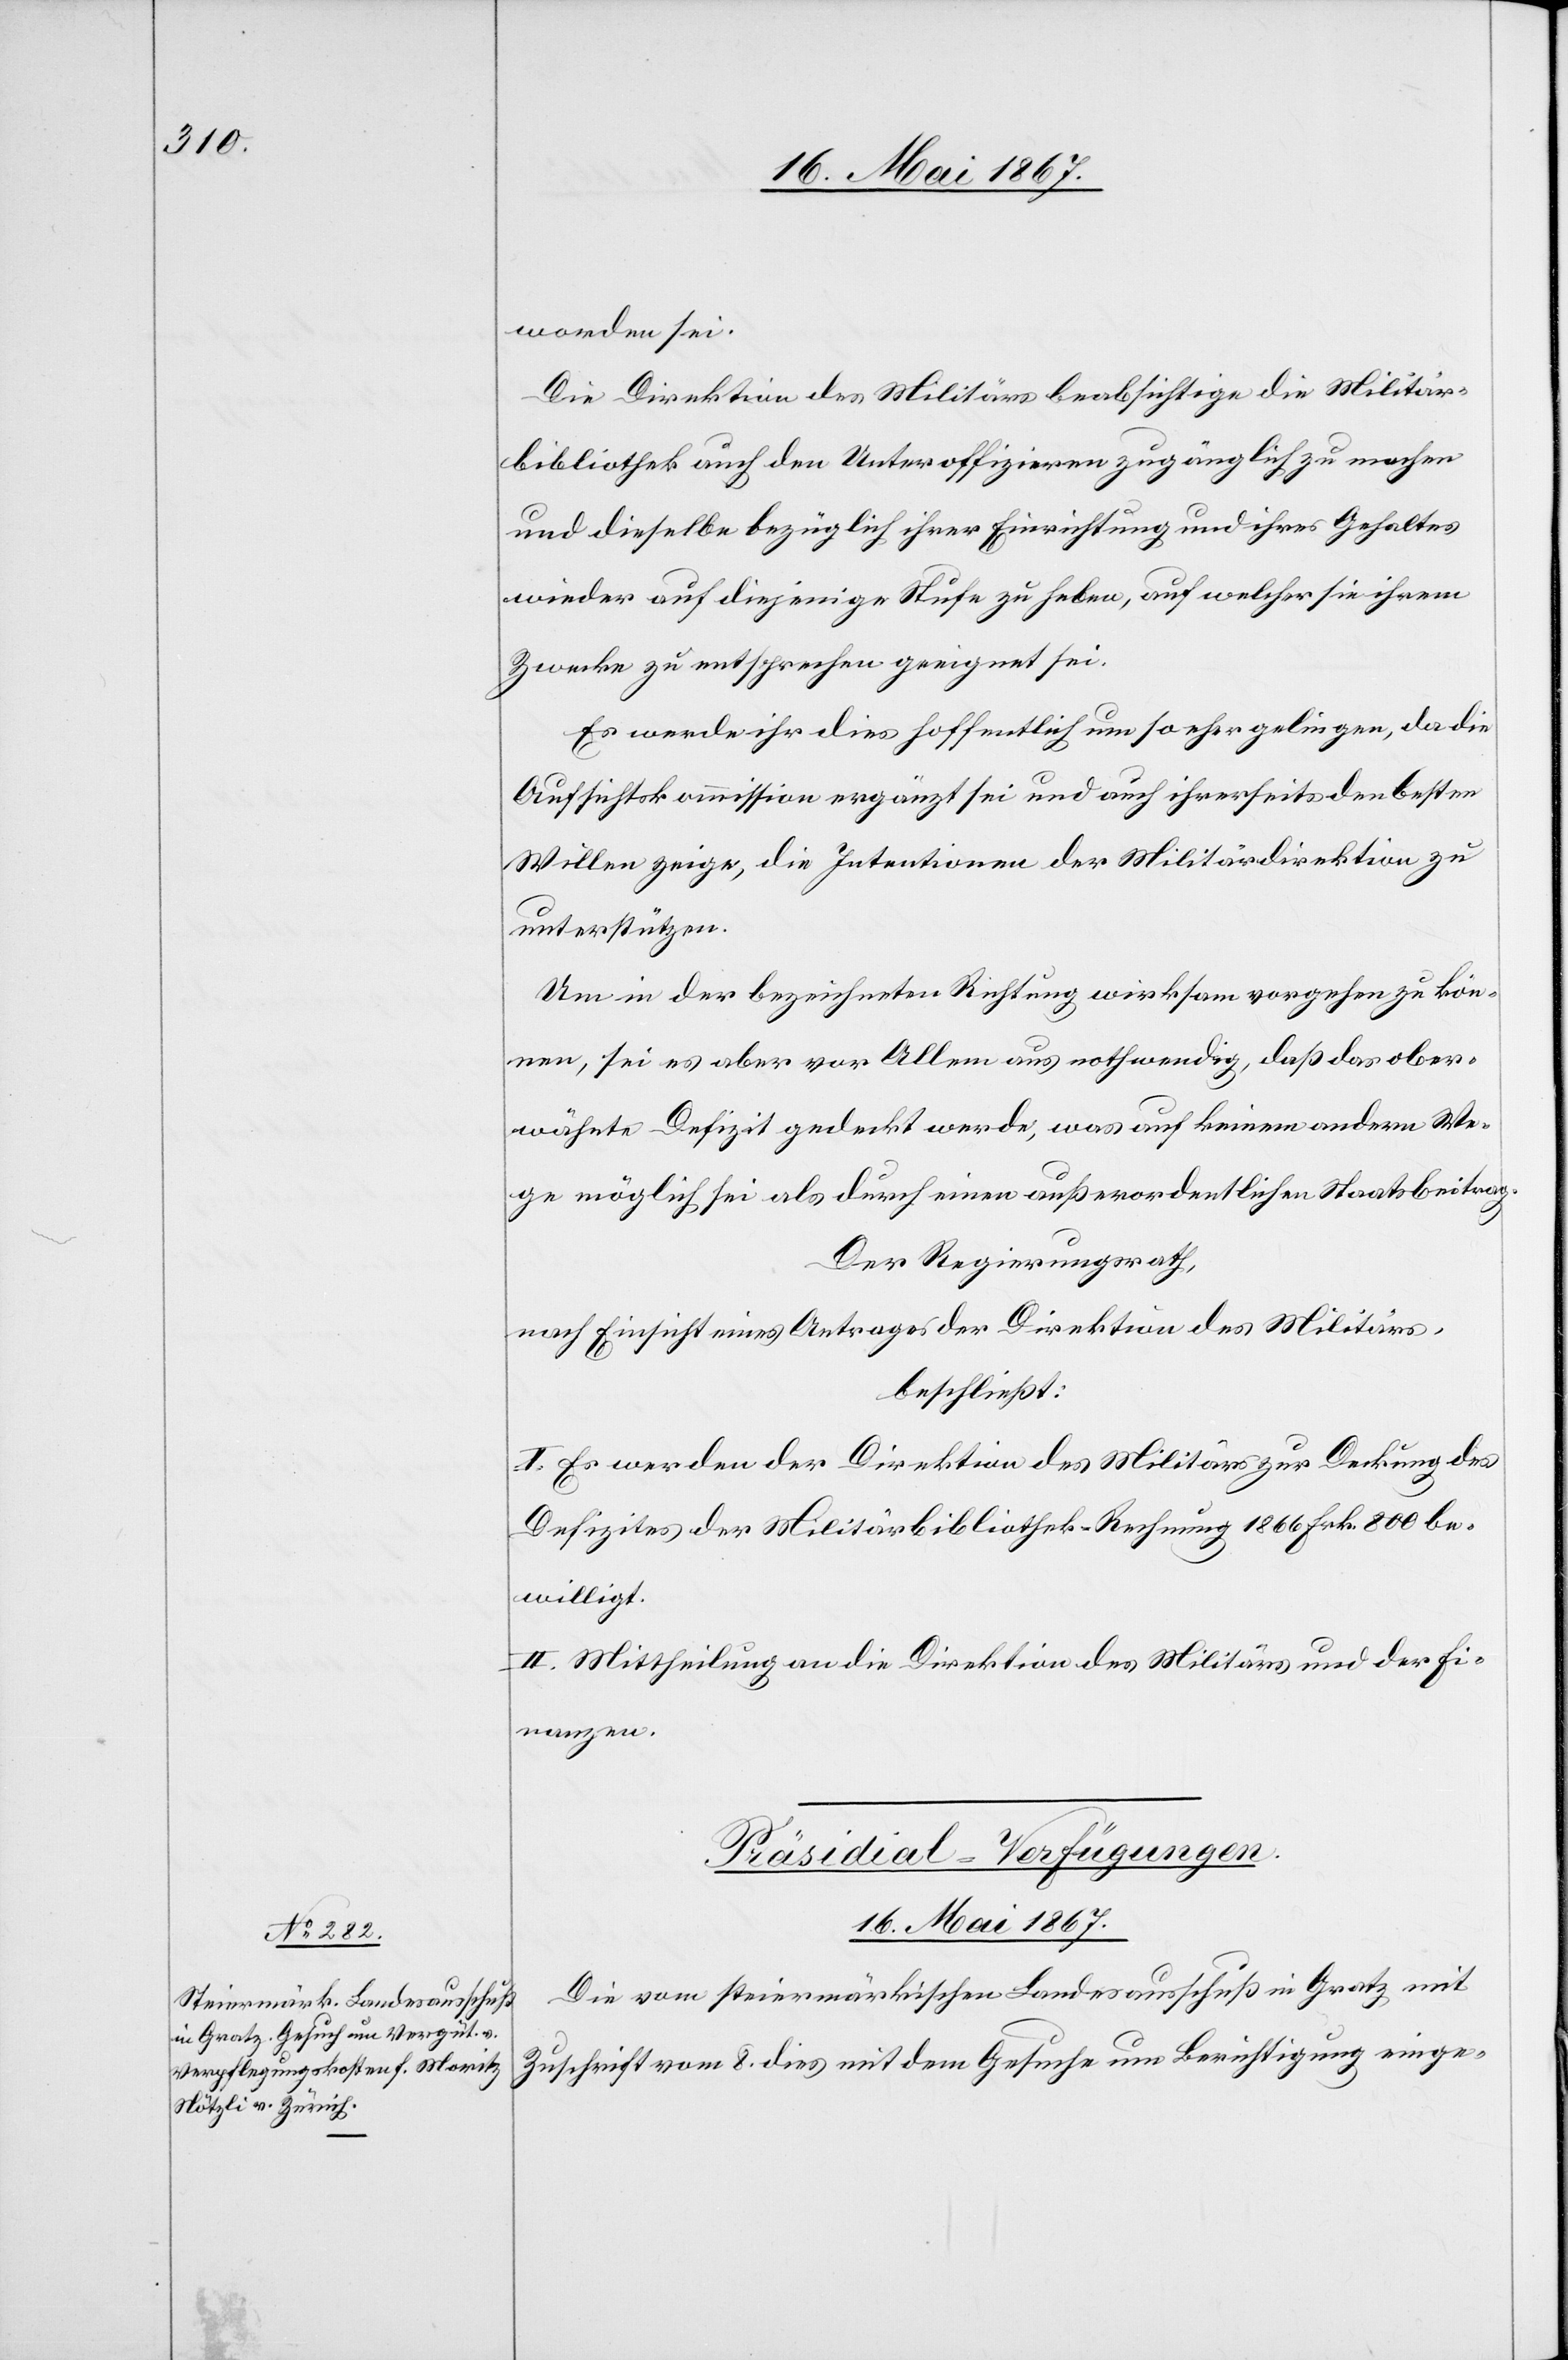
worden sei.
Die Direktion des Militärs beabsichtige die Militär¬
bibliothek auch den Unteroffizieren zugänglich zu machen
und dieselbe bezüglich ihrer Einrichtung und ihres Gehaltes
wieder auf diejenige Stufe zu heben, auf welcher sie ihrem
Zwecke zu entsprechen geeignet sei.
Es werde ihr dies hoffentlich um so eher gelingen, da die
Aufsichtskommission ergänzt sei und auch ihrerseits den besten
Willen zeige, die Intentionen der Militärdirektion zu
unterstützen.
Um in der bezeichneten Richtung wirksam vorgehen zu kön¬
nen, sei es aber vor Allem aus nothwendig, daß das ober¬
wähnte Defizit gedeckt werde, was auf keinem anderen We¬
ge möglich sei als durch einen außerordentlichen Staatsbeitrag.
Der Regierungsrath,
nach Einsicht eines Antrages der Direktion des Militärs,
beschließt:
I. Es werden der Direktion des Militärs zur Deckung des
Defizites der Militärbibliothek-Rechnung 1866 Frk. 800 be¬
willigt.
II. Mittheilung an die Direktion des Militärs und der Fi¬
nanzen.
Präsidial-Verfügungen.
16. Mai 1867.
Die vom steiermärkischen Landesausschuß in Gratz mit
Zuschrift vom 8. dies mit dem Gesuche um Berichtigung einge-